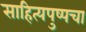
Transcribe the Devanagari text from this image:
साहित्यपुष्पचा